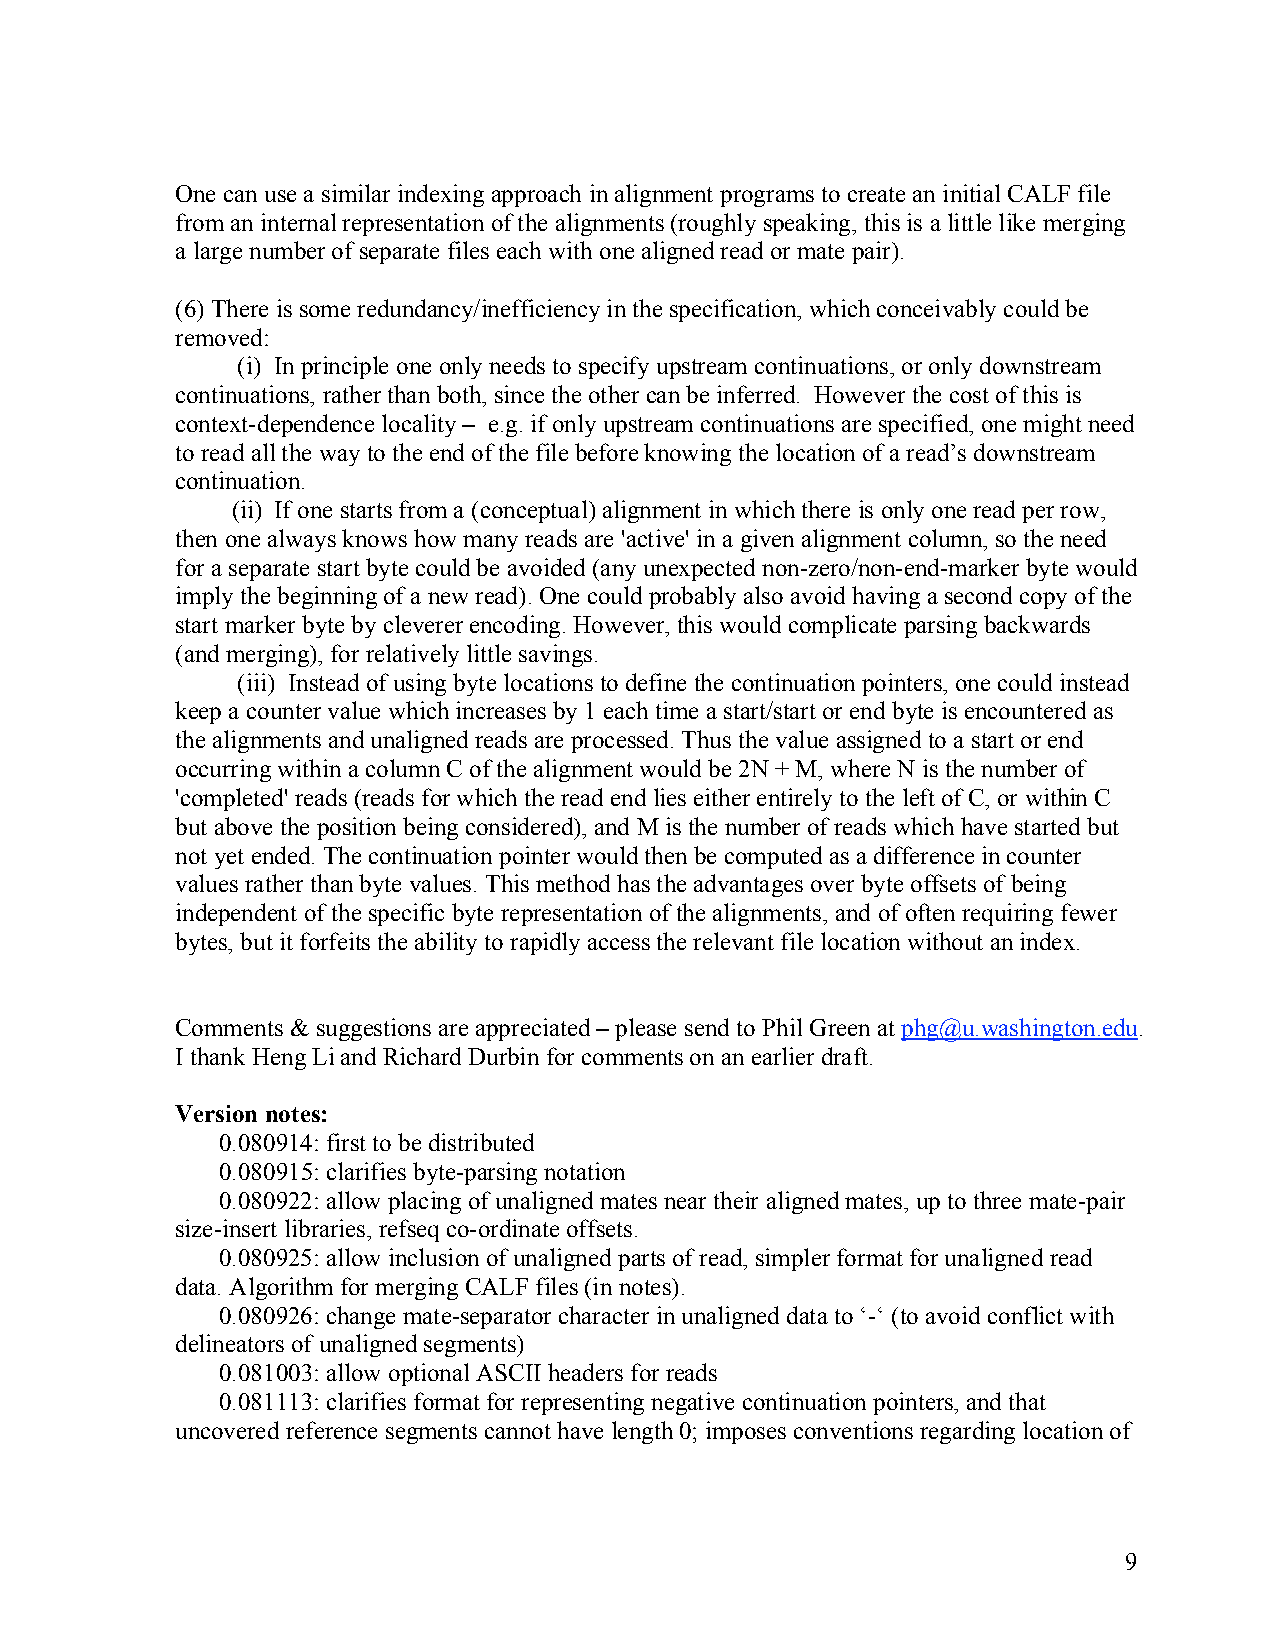
One can use a similar indexing approach in alignment programs to create an initial CALF file
 from an internal representation of the alignments (roughly speaking, this is a little like merging
 a large number of separate files each with one aligned read or mate pair).
 (6) There is some redundancy/inefficiency in the specification, which conceivably could be
 removed:
 (i) In principle one only needs to specify upstream continuations, or only downstream
 continuations, rather than both, since the other can be inferred. However the cost of this is
 context-dependence locality – e.g. if only upstream continuations are specified, one might need
 to read all the way to the end of the file before knowing the location of a read’s downstream
 continuation.
 (ii) If one starts from a (conceptual) alignment in which there is only one read per row,
 then one always knows how many reads are 'active' in a given alignment column, so the need
 for a separate start byte could be avoided (any unexpected non-zero/non-end-marker byte would
 imply the beginning of a new read). One could probably also avoid having a second copy of the
 start marker byte by cleverer encoding. However, this would complicate parsing backwards
 (and merging), for relatively little savings.
 (iii) Instead of using byte locations to define the continuation pointers, one could instead
 keep a counter value which increases by 1 each time a start/start or end byte is encountered as
 the alignments and unaligned reads are processed. Thus the value assigned to a start or end
 occurring within a column C of the alignment would be 2N + M, where N is the number of
 'completed' reads (reads for which the read end lies either entirely to the left of C, or within C
 but above the position being considered), and M is the number of reads which have started but
 not yet ended. The continuation pointer would then be computed as a difference in counter
 values rather than byte values. This method has the advantages over byte offsets of being
 independent of the specific byte representation of the alignments, and of often requiring fewer
 bytes, but it forfeits the ability to rapidly access the relevant file location without an index.
 Comments & suggestions are appreciated – please send to Phil Green at phg@u.washington.edu.
 I thank Heng Li and Richard Durbin for comments on an earlier draft.
 Version notes:
 0.080914: first to be distributed
 0.080915: clarifies byte-parsing notation
 0.080922: allow placing of unaligned mates near their aligned mates, up to three mate-pair
 size-insert libraries, refseq co-ordinate offsets.
 0.080925: allow inclusion of unaligned parts of read, simpler format for unaligned read
 data. Algorithm for merging CALF files (in notes).
 0.080926: change mate-separator character in unaligned data to ‘-‘ (to avoid conflict with
 delineators of unaligned segments)
 0.081003: allow optional ASCII headers for reads
 0.081113: clarifies format for representing negative continuation pointers, and that
 uncovered reference segments cannot have length 0; imposes conventions regarding location of
 9